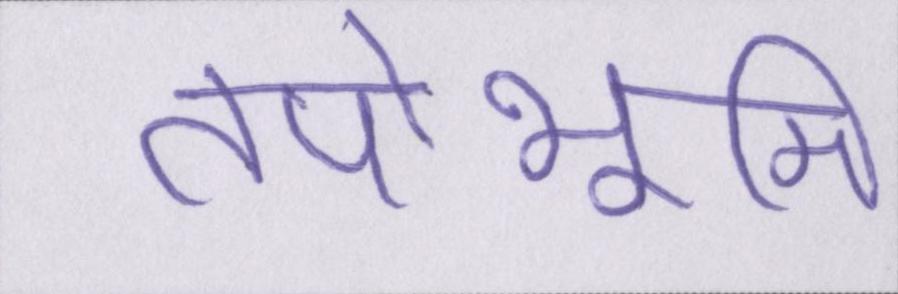
तपोभूमि